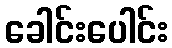
ခေါင်းပေါင်း